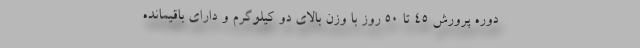
دوره پرورش ۴۵ تا ۵۰ روز با وزن بالای دو کیلوگرم و دارای باقیمانده